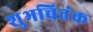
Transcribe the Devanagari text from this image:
शुभचितंक